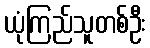
ယုံကြည်သူတစ်ဦး